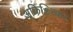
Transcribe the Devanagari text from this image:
अकिञ्चित्कर